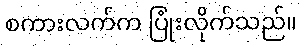
စကားလက်က ပြုံးလိုက်သည်။